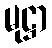
မုဋ္ဌာ